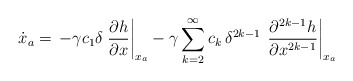
\begin{align*}\dot{{x}}_a = \, -\gamma c_1 \delta \left.\dfrac{\partial h}{\partial x}\right|_{{x}_a} -\gamma \sum_{k=2}^{\infty} c_k \,{\delta^{2k-1}}\,\left.\dfrac{\partial^{2k-1}h}{\partial x^{2k-1}} \right|_{{x}_a} \end{align*}